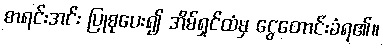
စာရင်းအင်း ပြုစုပေး၍ အိမ်ရှင်ထံမှ ငွေတောင်းခံရ၏။